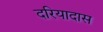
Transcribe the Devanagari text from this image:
दरियादास